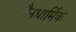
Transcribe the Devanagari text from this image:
जैनधार्मिक